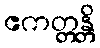
ဧကတ္တန္တိ